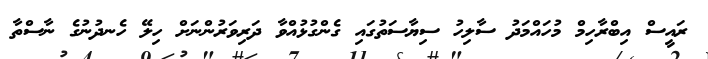
ރައީސް އިބްރާހިމް މުހައްމަދު ސާލިހު ސިޔާސަތުގައި ގެންގުޅުއްވާ ދަރިވަރުންނަށް ހިލޭ ހެނދުނުގެ ނާސްތާ